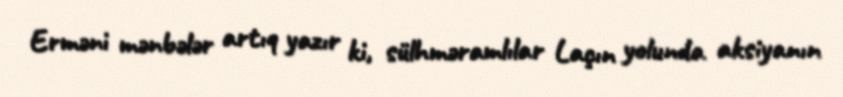
Erməni mənbələr artıq yazır ki, sülhməramlılar Laçın yolunda aksiyanın